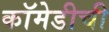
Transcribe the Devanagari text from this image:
कॉमेडीची